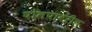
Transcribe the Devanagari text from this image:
घोलपावरील